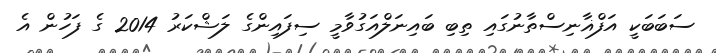
ސަބަބަކީ އަފްޣާނިސްތާނުގައި ތިބި ބައިނަލްއަގުވާމީ ސިފައިންގެ ލަޝްކަރު 2014 ގެ ފަހުން އެ